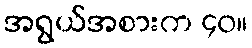
အရွယ်အစားက ၄၀။